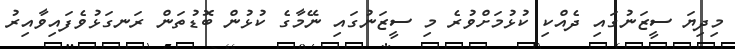
މިދިޔަ ސީޒަނުގައި ދެއްކި ކުޅުމަށްވުރެ މި ސީޒަނުގައި ނޭމާގެ ކުޅުން ބޮޑުތަން ރަނގަޅުވެފައިވާއިރު